Vaccination North-Western Provinces and Oudh 1896-1901 - 1896-1901
Year: 1896
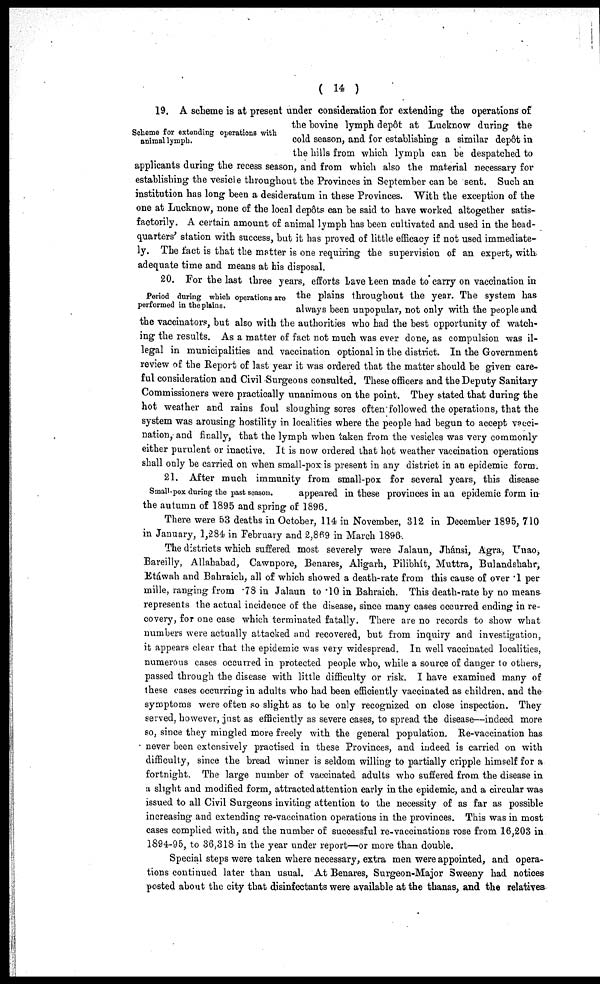
( 14 )
Scheme for extending operations with
animal lymph.
19. A scheme is at present under consideration for extending the operations of
the bovine lymph depôt at Lucknow during the
cold season, and for establishing a similar depôt in
the hills from which lymph can be despatched to
applicants during the recess season, and from which also the material necessary for
establishing the vesicle throughout the Provinces in September can be sent. Such an
institution has long been a desideratum in these Provinces. With the exception of the
one at Lucknow, none of the local depôts can be said to have worked altogether satis-
factorily. A certain amount of animal lymph has been cultivated and used in the head-
quarters' station with success, but it has proved of little efficacy if not used immediate-
ly. The fact is that the matter is one requiring the supervision of an expert, with
adequate time and means at his disposal.
Period during which operations are
performed in the plains.
20. For the last three years, efforts Lave been made to carry on vaccination in
the plains throughout the year. The system has
always been unpopular, not only with the people and
the vaccinators, but also with the authorities who had the best opportunity of watch-
ing the results. As a matter of fact not much was ever done, as compulsion was il-
legal in municipalities and vaccination optional in the district. In the Government
review of the Report of last year it was ordered that the matter should be given care-
ful consideration and Civil Surgeons consulted. These officers and the Deputy Sanitary
Commissioners were practically unanimous on the point. They stated that during the
hot weather and rains foul sloughing sores often followed the operations, that the
system was arousing hostility in localities where the people had begun to accept vacci-
nation, and finally, that the lymph when taken from the vesicles was very commonly
either purulent or inactive. It is now ordered that hot weather vaccination operations
shall only be carried on when small-pox is present in any district in an epidemic form.
Small-pox during the past season.
21. After much immunity from small-pox for several years, this disease-
appeared in these provinces in an epidemic form in
the autumn of 1895 and spring of 1896.
There were 53 deaths in October, 114 in November, 312 in December 1895, 710
in January, 1,284 in February and 2,869 in March 1896.
The districts which suffered most severely were Jalaun, Jhánsi, Agra, Unao,
Bareilly, Allahabad, Cawnpore, Benares, Aligarh, Pilibhít, Muttra, Bulandshahr,
Etáwah and Bahraich, all of which showed a death-rate from this cause of over .1 per
mille, ranging from .78 in Jalaun to .10 in Bahraich. This death-rate by no means
represents the actual incidence of the disease, since many cases occurred ending in re-
covery, for one case which terminated fatally. There are no records to show what
numbers were actually attacked and recovered, but from inquiry and investigation,
it appears clear that the epidemic was very widespread. In well vaccinated localities,
numerous cases occurred in protected people who, while a source of danger to others,
passed through the disease with little difficulty or risk. I have examined many of
these cases occurring in adults who had been efficiently vaccinated as children, and the
symptoms were often so slight as to be only recognized on close inspection. They
served, however, just as efficiently as severe cases, to spread the disease—indeed more
so, since they mingled more freely with the general population. Re-vaccination has
never been extensively practised in these Provinces, and indeed is carried on with
difficulty, since the bread winner is seldom willing to partially cripple himself for a
fortnight. The large number of vaccinated adults who suffered from the disease in
a slight and modified form, attracted attention early in the epidemic, and a circular was
issued to all Civil Surgeons inviting attention to the necessity of as far as possible
increasing and extending re-vaccination operations in the provinces. This was in most
cases complied with, and the number of successful re-vaccinations rose from 16,203 in
1894-95, to 36,318 in the year under report—or more than double.
Special steps were taken where necessary, extra men were appointed, and opera-
tions continued later than usual. At Benares, Surgeon-Major Sweeny had notices
posted about the city that disinfectants were available at the thanas, and the relatives